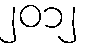
၂၀၁၂